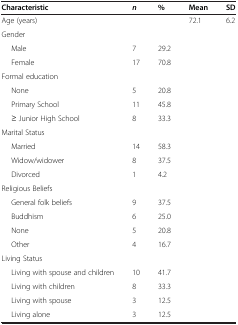
| Characteristic | n | % | Mean | SD |
 | --- | --- | --- | --- | --- |
 | Age (years) |  |  | 72.1 | 6.2 |
 | Gender |  |  |  |  |
 | Male | 7 | 29.2 |  |  |
 | Female | 17 | 70.8 |  |  |
 | Formal education |  |  |  |  |
 | None | 5 | 20.8 |  |  |
 | Primary School | 11 | 45.8 |  |  |
 | ≥ Junior High School | 8 | 33.3 |  |  |
 | Marital Status |  |  |  |  |
 | Married | 14 | 58.3 |  |  |
 | Widow/widower | 8 | 37.5 |  |  |
 | Divorced | 1 | 4.2 |  |  |
 | Religious Beliefs |  |  |  |  |
 | General folk beliefs | 9 | 37.5 |  |  |
 | Buddhism | 6 | 25.0 |  |  |
 | None | 5 | 20.8 |  |  |
 | Other | 4 | 16.7 |  |  |
 | Living Status |  |  |  |  |
 | Living with spouse and children | 10 | 41.7 |  |  |
 | Living with children | 8 | 33.3 |  |  |
 | Living with spouse | 3 | 12.5 |  | <ROWSPAN=2>  |
 | Living alone | 3 | 12.5 |  |